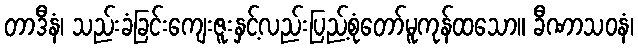
တာဒီနံ၊ သည်းခံခြင်းကျေးဇူးနှင့်လည်းပြည့်စုံတော်မူကုန်ထသော။ ခီဏာသဝနံ၊